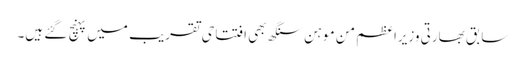
سابق بھارتی وزیراعظم من موہن سنگھ بھی افتتاحی تقریب میں پہنچ گئے ہیں۔